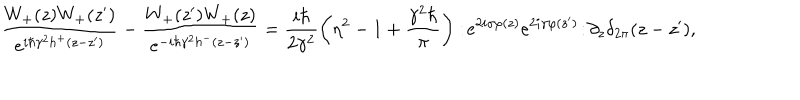
\frac { W _ { + } ( z ) W _ { + } ( z ^ { \prime } ) } { e ^ { i \hbar \gamma ^ { 2 } h ^ { + } ( z - z ^ { \prime } ) } } - \frac { W _ { + } ( z ^ { \prime } ) W _ { + } ( z ) } { e ^ { - i \hbar \gamma ^ { 2 } h ^ { - } ( z - z ^ { \prime } ) } } = \frac { i \hbar } { 2 \gamma ^ { 2 } } \left( \eta ^ { 2 } - 1 + \frac { \gamma ^ { 2 } \hbar } { \pi } \right) : \! e ^ { 2 i \gamma \varphi ( z ) } e ^ { 2 i \gamma \varphi ( z ^ { \prime } ) } \! : \! \partial _ { z } \delta _ { 2 \pi } ( z - z ^ { \prime } ) ,